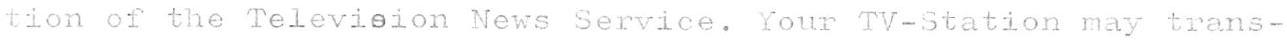
tion of the Television News Service. Your TV-Station may trans-